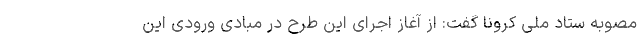
مصوبه ستاد ملی کرونا گفت: از آغاز اجرای این طرح در مبادی ورودی این